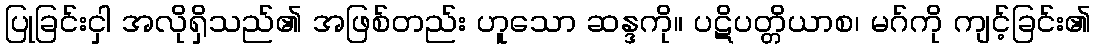
ပြုခြင်းငှါ အလိုရှိသည်၏ အဖြစ်တည်း ဟူသော ဆန္ဒကို။ ပဋိပတ္တိယာစ၊ မဂ်ကို ကျင့်ခြင်း၏